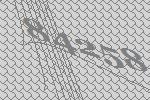
84258